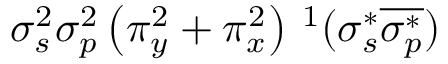
\sigma _ { s } ^ { 2 } \sigma _ { p } ^ { 2 } \left( \pi _ { y } ^ { 2 } + \pi _ { x } ^ { 2 } \right) { } \, ^ { 1 } ( \sigma _ { s } ^ { * } \overline { { \sigma _ { p } ^ { * } } } )